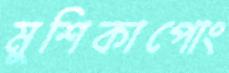
মুশিকাপোং